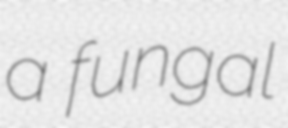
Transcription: a fungal